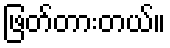
ဖြတ်တားတယ်။